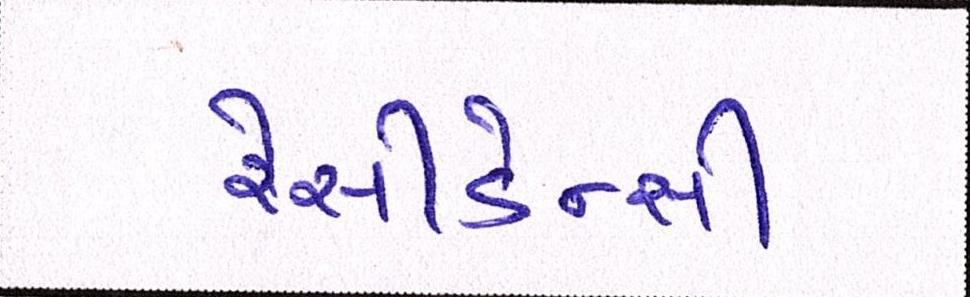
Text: રેસીડેન્સી